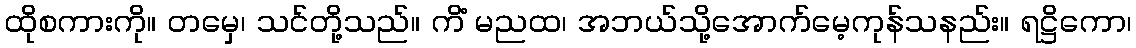
ထိုစကားကို။ တမှေ၊ သင်တို့သည်။ ကိံ မညထ၊ အဘယ်သို့အောက်မေ့ကုန်သနည်း။ ရဋ္ဌိကော၊